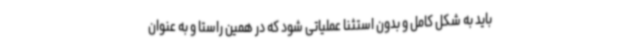
باید به شکل کامل و بدون استثنا عملیاتی شود که در همین راستا و به عنوان